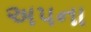
અપના